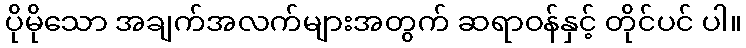
ပိုမိုသော အချက်အလက်များအတွက် ဆရာဝန်နှင့် တိုင်ပင် ပါ။